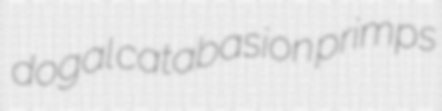
dogal catabasion primps